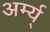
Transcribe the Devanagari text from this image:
अर्म्य्